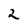
Character: 2